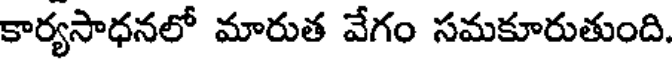
కార్యసాధనలో మారుత వేగం సమకూరుతుంది.